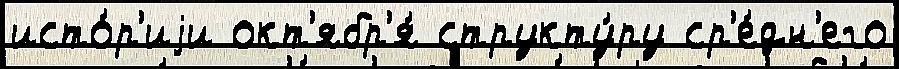
исто́р'иjи окт'ябр'я́ структу́ру ср'е́дн'его